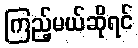
ကြည့်မယ်ဆိုရင်